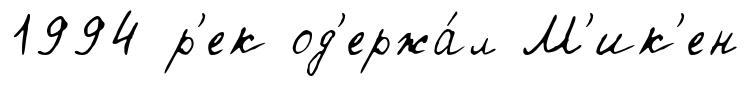
1994 р'ек од'ержа́л М'ик'ен